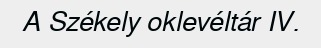
A Székely oklevéltár IV.